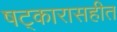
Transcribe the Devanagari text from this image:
षट्कारासहीत